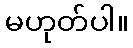
မဟုတ်ပါ။